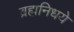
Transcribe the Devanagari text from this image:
ब्रह्मनिधये